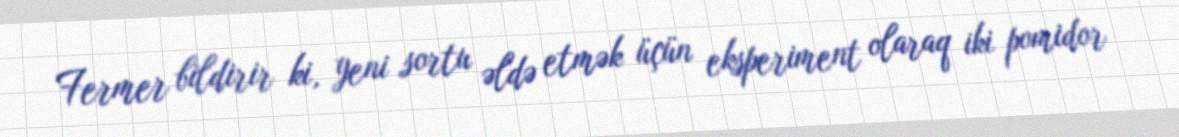
Fermer bildirir ki, yeni sortu əldə etmək üçün eksperiment olaraq iki pomidor